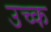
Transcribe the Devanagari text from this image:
उच्क